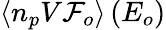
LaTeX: \langle n_{p}V{\cal F}_{o}\rangle\, (E_{o})